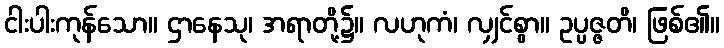
ငါးပါးကုန်သော။ ဌာနေသု၊ အရာတို့၌။ လဟုကံ၊ လျှင်စွာ။ ဥပ္ပဇ္ဇတိ၊ ဖြစ်၏။